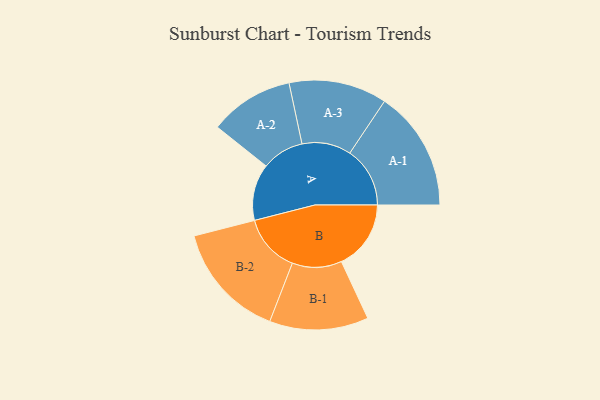
{"axis": {"x": "Segment", "y": "Value"}, "legend": ["", "A", "B"], "data": [{"x": "A", "y": 271, "type": ""}, {"x": "B", "y": 333, "type": ""}, {"x": "A-1", "y": 288, "type": "A"}, {"x": "A-2", "y": 202, "type": "A"}, {"x": "A-3", "y": 235, "type": "A"}, {"x": "B-1", "y": 237, "type": "B"}, {"x": "B-2", "y": 279, "type": "B"}]}